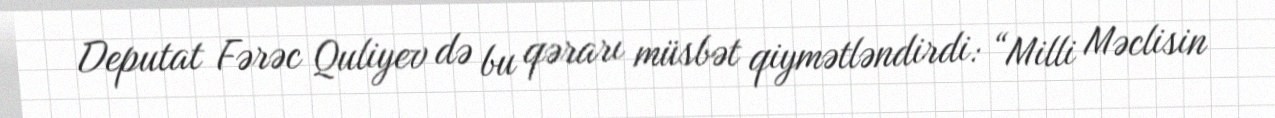
Deputat Fərəc Quliyev də bu qərarı müsbət qiymətləndirdi: “Milli Məclisin